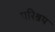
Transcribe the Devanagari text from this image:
परिश्रय